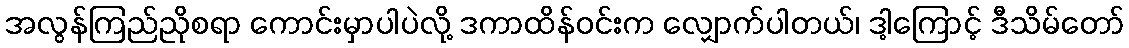
အလွန်ကြည်ညိုစရာ ကောင်းမှာပါပဲလို့ ဒကာထိန်ဝင်းက လျှောက်ပါတယ်၊ ဒါ့ကြောင့် ဒီသိမ်တော်